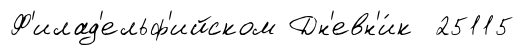
Ф'илад'ельф'ийском Дн'евн'и́к 25115